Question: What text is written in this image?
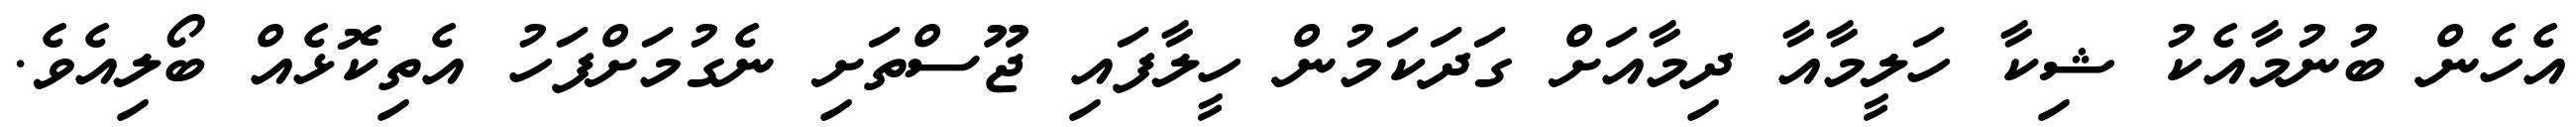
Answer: އެހެން ބުނުމާއެކު ޝިކާ ހަލީމާއާ ދިމާއަށް ގަދަކަމުން ހީލާފައި ޖޫސްތަށި ނެގުމަށްފަހު އެތިކޮޅެއް ބޯލިއެވެ.